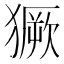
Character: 獗